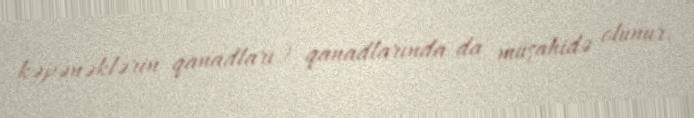
kəpənəklərin qanadları) qanadlarında da müşahidə olunur.